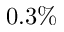
0 . 3 \%